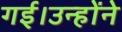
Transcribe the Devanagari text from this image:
गई।उन्होंने